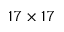
1 7 \times 1 7